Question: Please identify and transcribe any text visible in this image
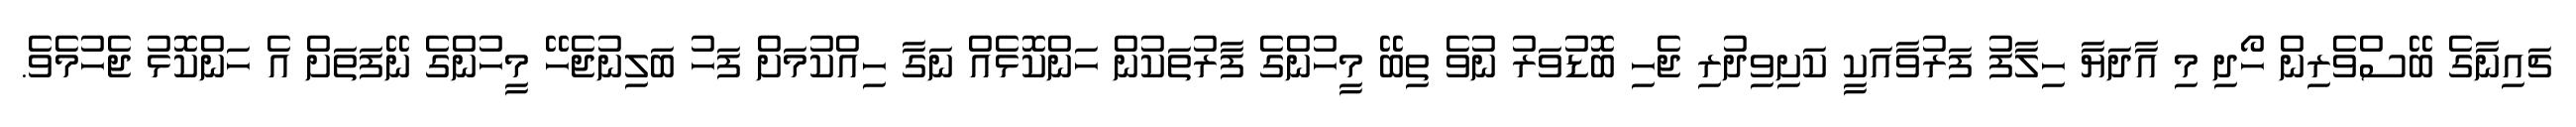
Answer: ޗައިނާގެ ބޭސްވެރިން ހޯދި މި އާދަޔާ ހިލާފު ފަރުވާއަކީ ކަށިވިދުރި ޖެހި ބޮޑުވަރު ނުވެ ތިބޭ މީހުންގެ ފާރުތަކުން ހަންކޮޅެއް ނަގާ ހިއްކުމަށް ފަހު ބަލިނުޖެހޭ މީހުންގެ ނޭފަތަށް އެ ހަންކޮޅު ޖެހުމެވެ.